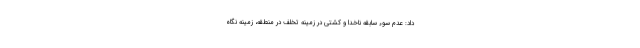
داد: عدم سوء سابقه ناخدا و کشتی در زمینه تخلف در منطقه، زمینه نگاه